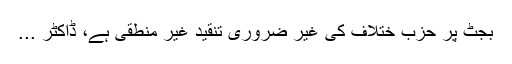
بجٹ پر حزب ختلاف کی غیر ضروری تنقید غیر منطقی ہے، ڈاکٹر ...